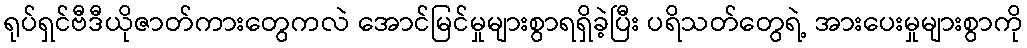
ရုပ်ရှင်ဗီဒီယိုဇာတ်ကားတွေကလဲ အောင်မြင်မှုများစွာရရှိခဲ့ပြီး ပရိသတ်တွေရဲ့ အားပေးမှုများစွာကို